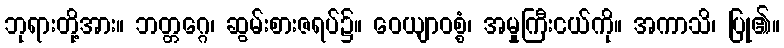
ဘုရားတို့အား။ ဘတ္တဂ္ဂေ၊ ဆွမ်းစားဇရပ်၌။ ဝေယျာဝစ္စံ၊ အမှုကြီးငယ်ကို။ အကာသိ၊ ပြု၏။